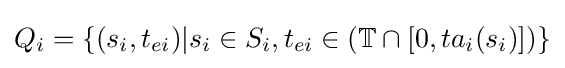
Q_{i}=\{(s_{i},t_{ei})|s_{i}\in S_{i},t_{ei}\in (\mathbb {T} \cap [0,ta_{i}(s_{i})])\}